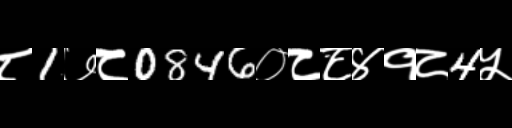
Text: ८1७८0846०८८४१८4५